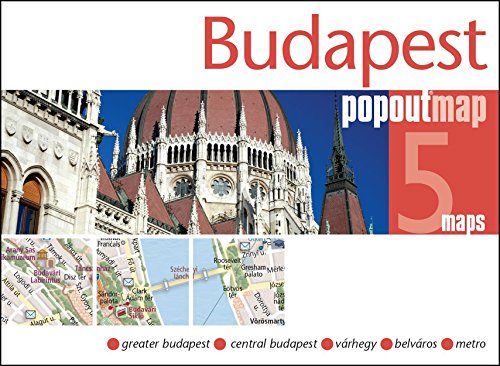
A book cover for Budapest PopOut Map (PopOut Maps); Travel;